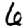
Digit: 6